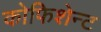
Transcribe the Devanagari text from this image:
कोफिशेन्ट